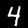
Digit: 4